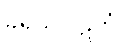
ခုရသိပါဋိကံ